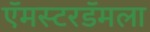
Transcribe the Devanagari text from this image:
ऍमस्टरडॅमला